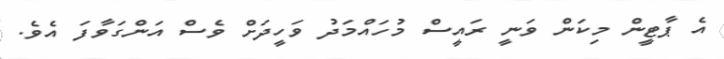
އެ ޕާޓީން މިކަން ވަނީ ރައީސް މުހައްމަދު ވަހީދަށް ވެސް އަންގަވާފަ އެވެ.